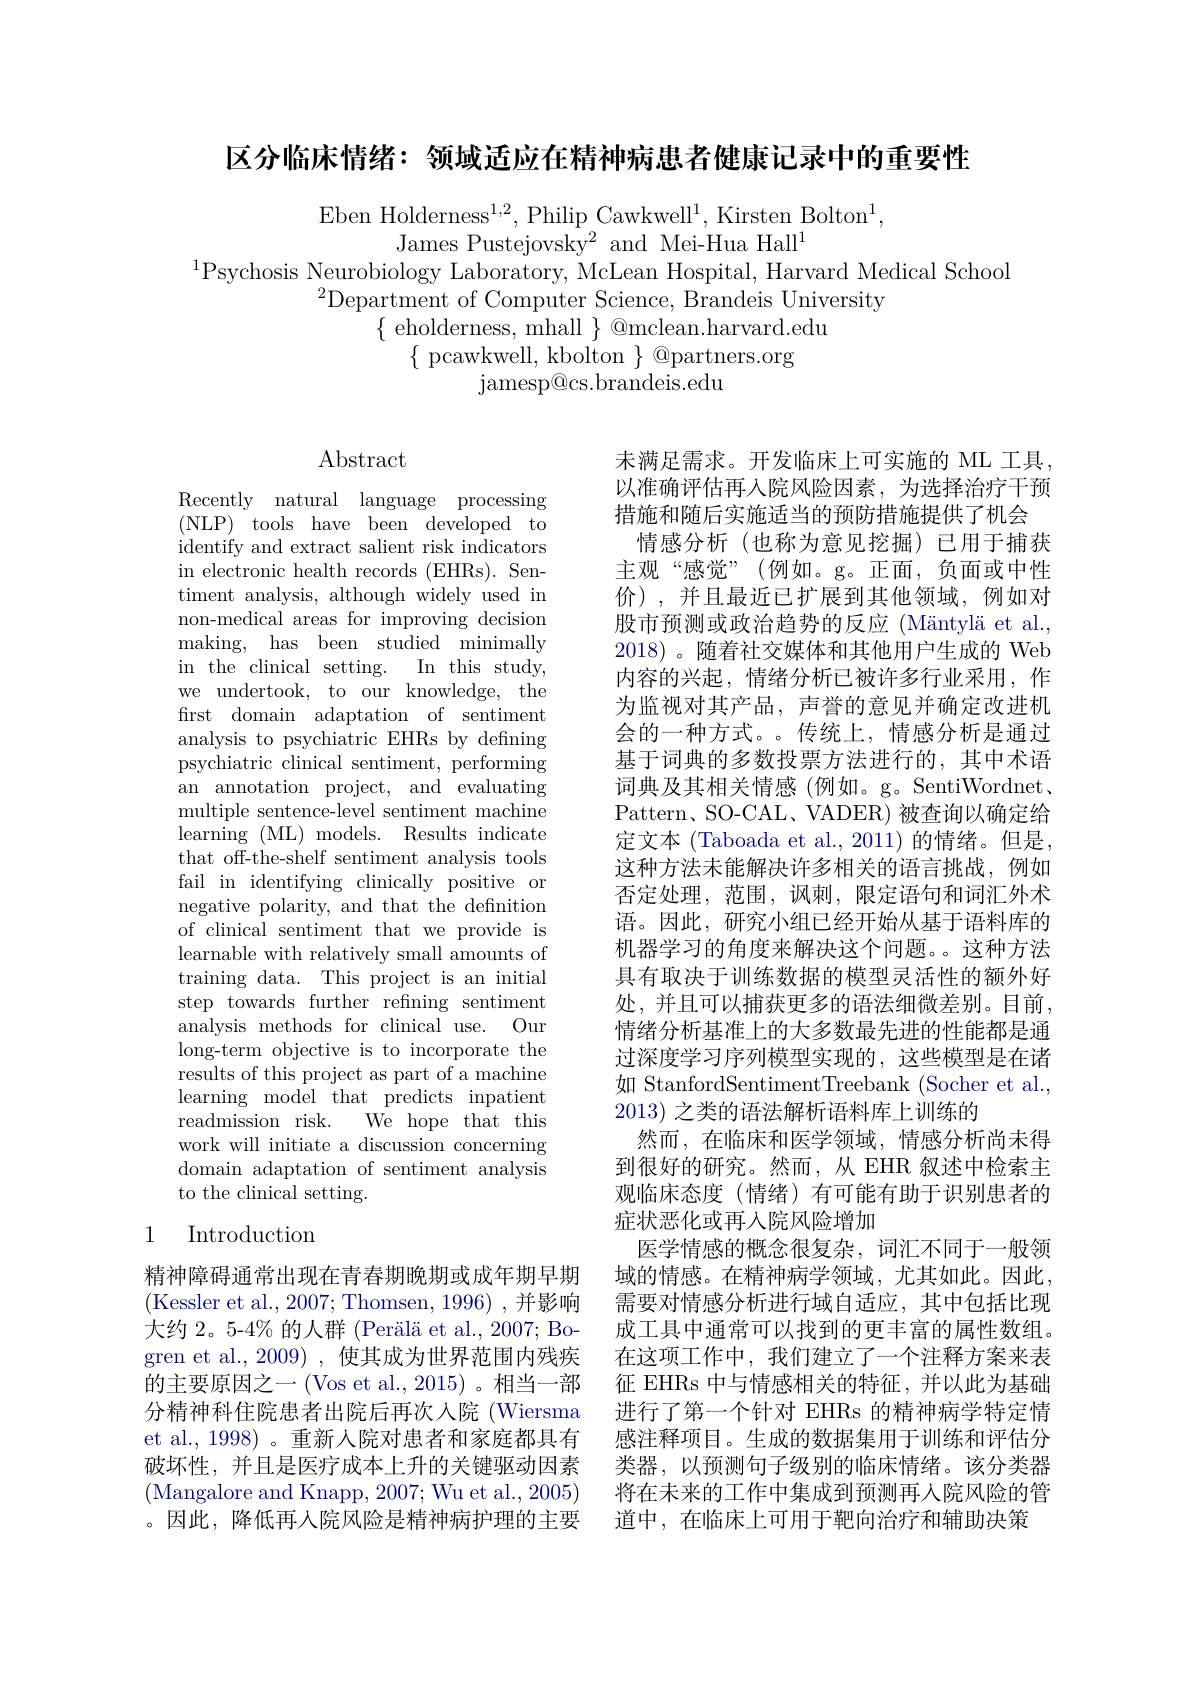
区分临床情绪：领域适应在精神病患者健康记录中的重要性

Eben Holderness$^1,2$, Philip Cawkwell$^1$, Kirsten Bolton$^1$,
James Pustejovsky$^2$ and Mei-Hua Hall$^1$
$^{1}$Psychosis Neurobiology Laboratory, McLean Hospital, Harvard Medical School
$^{2}$Department of Computer Science, Brandeis University
$\{{\mathrm{~eholderness,~mhall~}}\}{\mathrm{~@mclean.harvard.edu}}$
$\{$ pcawkwell, kbolton $\}$ @partners.org
jamesp@ cs. brandeis. edu

## $\operatorname{Abstract}$

Recently natural language processing (NLP) tools have been developed to identify and extract salient risk indicators in electronic health records (EHRs). Sentiment analysis, although widely used in non-medical areas for improving decision making, has been studied minimally in the clinical setting. In this study, we undertook, to our knowledge, the first domain adaptation of sentiment analysis to psychiatric EHRs by defining psychiatric clinical sentiment, performing an annotation project, and evaluating multiple sentence-level sentiment machine learning (ML) models. Results indicate that off-the-shelf sentiment analysis tools fail in identifying clinically positive or negative polarity, and that the definition of clinical sentiment that we provide is learnable with relatively small amounts of training data. This project is an initial step towards further refining sentiment analysis methods for clinical use. Our long-term objective is to incorporate the results of this project as part of a machine learning model that predicts inpatient readmission risk. We hope that this work will initiate a discussion concerning domain adaptation of sentiment analysis to the clinical setting.

未满足需求。开发临床上可实施的 ML 工具， 以准确评估再入院风险因素，为选择治疗干预措施和随后实施适当的预防措施提供了机会
情感分析(也称为意见挖掘)已用于捕获主观“感觉”(例如。g。正面，负面或中性价),并且最近已扩展到其他领域，例如对股市预测或政治趋势的反应 (Mäntylä et al. 2018)。随着社交媒体和其他用户生成的 Web 内容的兴起，情绪分析已被许多行业采用，作为监视对其产品，声誉的意见并确定改进机会的一种方式。传统上，情感分析是通过基于词典的多数投票方法进行的，其中术语词典及其相关情感 (例如。g。SentiWordnet, Pattern、SO-CAL、VADER)被查询以确定给定文本 (Taboada et al., 2011) 的情绪。但是， 这种方法未能解决许多相关的语言挑战，例如否定处理，范围，讽刺，限定语句和词汇外术语。因此，研究小组已经开始从基于语料库的机器学习的角度来解决这个问题。这种方法具有取决于训练数据的模型灵活性的额外好处，并且可以捕获更多的语法细微差别。目前， 情绪分析基准上的大多数最先进的性能都是通过深度学习序列模型实现的，这些模型是在诸如 StanfordSentimentTreebank (Socher et al., 2013)之类的语法解析语料库上训练的
然而，在临床和医学领域，情感分析尚未得到很好的研究。然而，从 EHR 叙述中检索主观临床态度(情绪)有可能有助于识别患者的症状恶化或再入院风险增加
医学情感的概念很复杂，词汇不同于一般领域的情感。在精神病学领域，尤其如此。因此， 需要对情感分析进行域自适应，其中包括比现成工具中通常可以找到的更丰富的属性数组。在这项工作中，我们建立了一个注释方案来表征 EHRs 中与情感相关的特征，并以此为基础进行了第一个针对 EHRs 的精神病学特定情感注释项目。生成的数据集用于训练和评估分类器，以预测句子级别的临床情绪。该分类器将在未来的工作中集成到预测再人院风险的管道中，在临床上可用于靶向治疗和辅助决策

## 1 Introduction

精神障碍通常出现在青春期晚期或成年期早期(Kessler et al., 2007; Thomsen, 1996),并影响大约 2。5-4% 的人群 (Perälä et al., 2007; Bogren et al., 2009) , 使其成为世界范围内残疾的主要原因之一 (Vos et al.,2015) 。相当一部分精神科住院患者出院后再次人院(Wiersma et al., 1998) 。重新人院对患者和家庭都具有破坏性，并且是医疗成本上升的关键驱动因素(Mangalore and Knapp, 2007; Wu et al., 2005) 。因此，降低再人院风险是精神病护理的主要